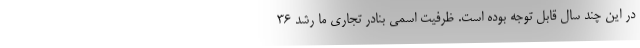
در این چند سال قابل توجه بوده است. ظرفیت اسمی بنادر تجاری ما رشد ۳۶